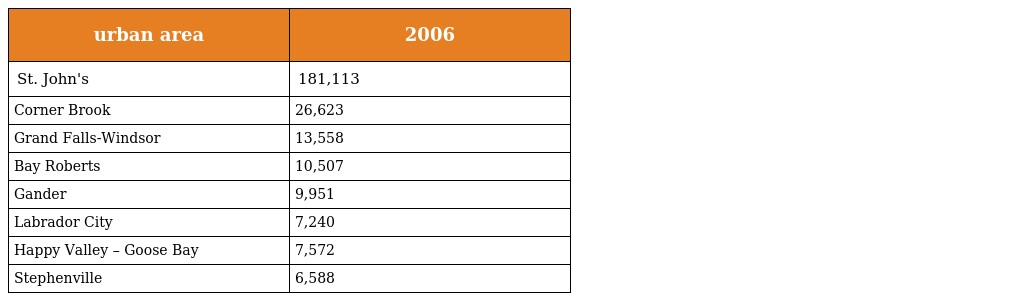
| urban area | 2006 |
 | --- | --- |
 | St. John's | 181,113 |
 | Corner Brook | 26,623 |
 | Grand Falls-Windsor | 13,558 |
 | Bay Roberts | 10,507 |
 | Gander | 9,951 |
 | Labrador City | 7,240 |
 | Happy Valley – Goose Bay | 7,572 |
 | Stephenville | 6,588 |